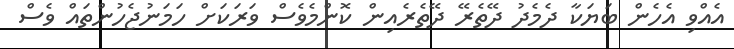
އެއްވި އެހެން ބަޔަކާ ދެމެދު ދޭތެރޭ ދޭތެރެއިން ކޮންމެވެސް ވަރަކަށް ހަމަނުޖެހުންތައް ވެސް